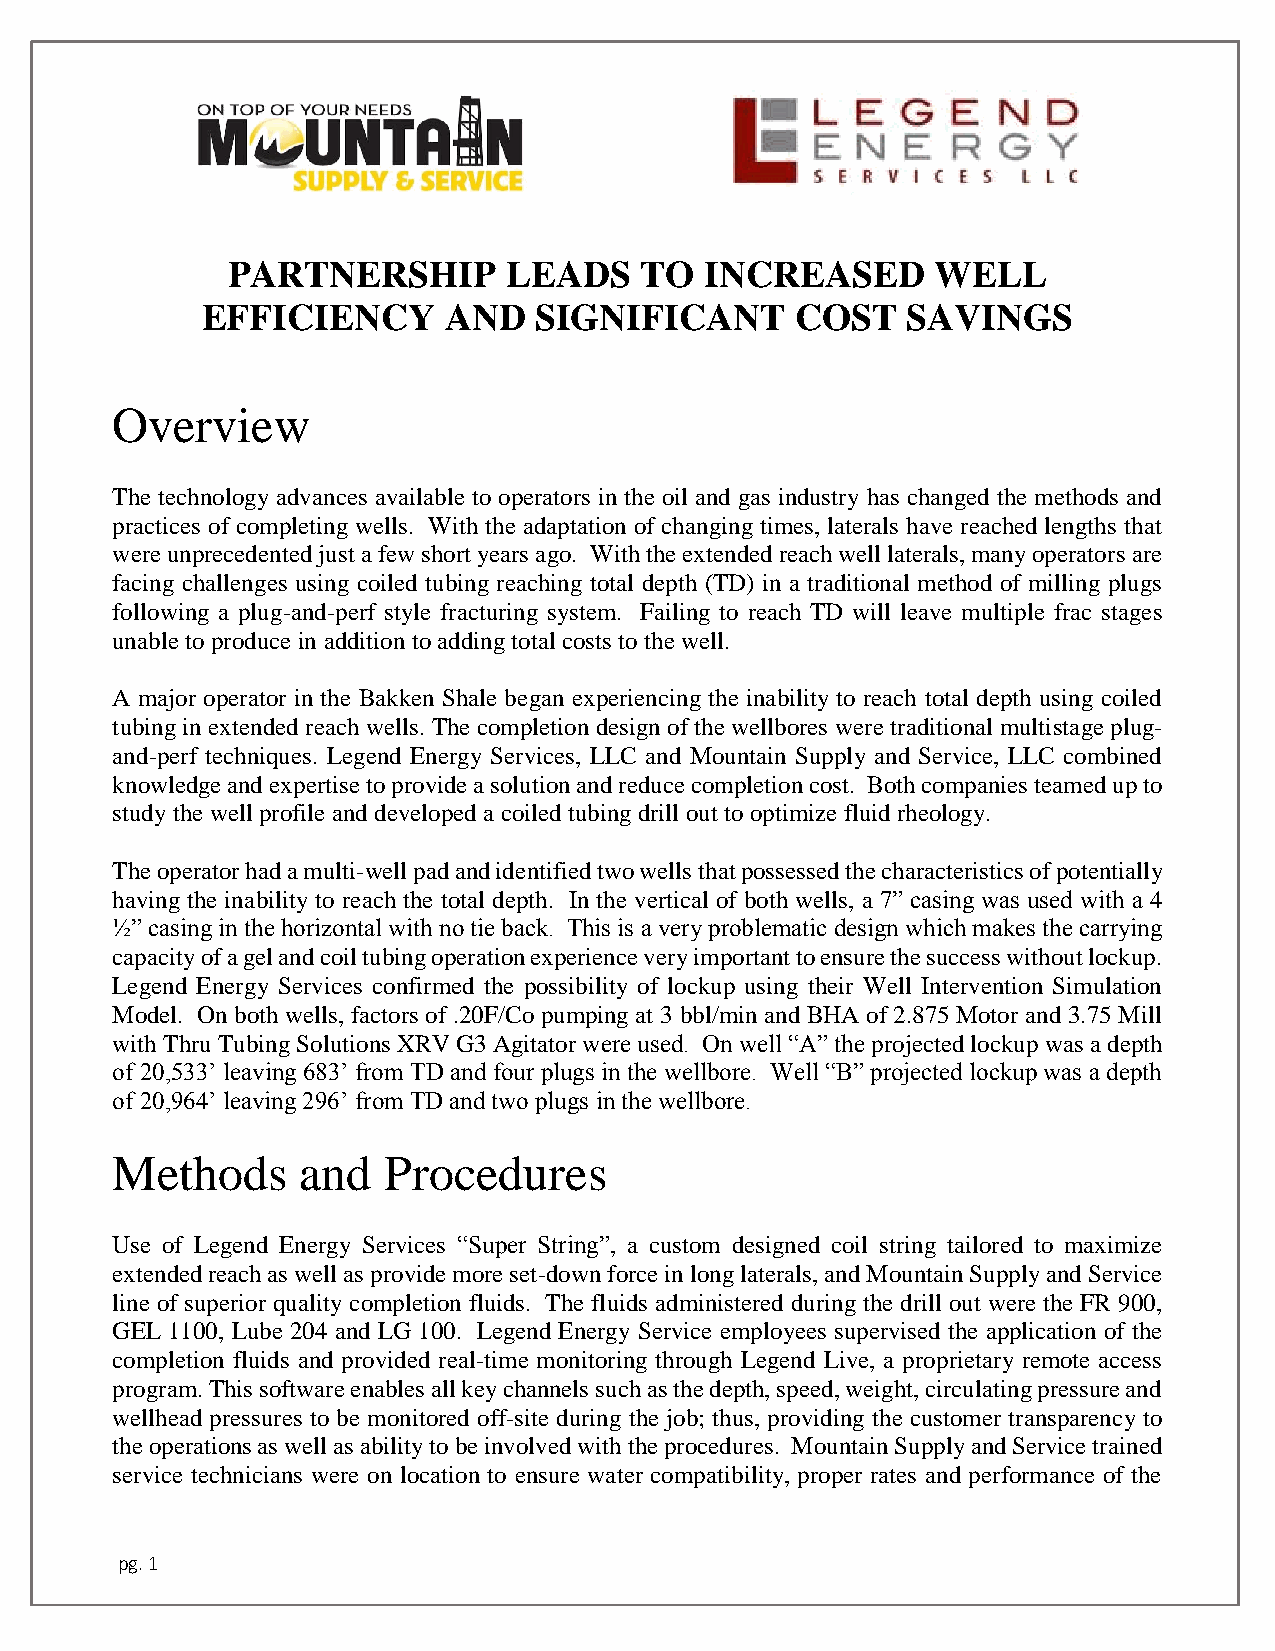
PARTNERSHIP        LEADS   TO   INCREASED      WELL
 EFFICIENCY      AND   SIGNIFICANT       COST   SAVINGS
 Overview
 The technology advances available to operators in the oil and gas industry has changed the methods and
 practices of completing wells. With the adaptation of changing times, laterals have reached lengths that
 were unprecedented just a few short years ago. With the extended reach well laterals, many operators are
 facing challenges using coiled tubing reaching total depth (TD) in a traditional method of milling plugs
 following a plug-and-perf style fracturing system. Failing to reach TD will leave multiple frac stages
 unable to produce in addition to adding total costs to the well.
 A major operator in the Bakken Shale began experiencing the inability to reach total depth using coiled
 tubing in extended reach wells. The completion design of the wellbores were traditional multistage plug-
 and-perf techniques. Legend Energy Services, LLC and Mountain Supply and Service, LLC combined
 knowledge and expertise to provide a solution and reduce completion cost. Both companies teamed up to
 study the well profile and developed a coiled tubing drill out to optimize fluid rheology.
 The operator had a multi-well pad and identified two wells that possessed the characteristics of potentially
 having the inability to reach the total depth. In the vertical of both wells, a 7” casing was used with a 4
 ½” casing in the horizontal with no tie back. This is a very problematic design which makes the carrying
 capacity of a gel and coil tubing operation experience very important to ensure the success without lockup.
 Legend Energy Services confirmed the possibility of lockup using their Well Intervention Simulation
 Model. On both wells, factors of .20F/Co pumping at 3 bbl/min and BHA of 2.875 Motor and 3.75 Mill
 with Thru Tubing Solutions XRV G3 Agitator were used. On well “A” the projected lockup was a depth
 of 20,533’ leaving 683’ from TD and four plugs in the wellbore. Well “B” projected lockup was a depth
 of 20,964’ leaving 296’ from TD and two plugs in the wellbore.
 Methods      and  Procedures
 Use of Legend Energy Services “Super String”, a custom designed coil string tailored to maximize
 extended reach as well as provide more set-down force in long laterals, and Mountain Supply and Service
 line of superior quality completion fluids. The fluids administered during the drill out were the FR 900,
 GEL 1100, Lube 204 and LG 100. Legend Energy Service employees supervised the application of the
 completion fluids and provided real-time monitoring through Legend Live, a proprietary remote access
 program. This software enables all key channels such as the depth, speed, weight, circulating pressure and
 wellhead pressures to be monitored off-site during the job; thus, providing the customer transparency to
 the operations as well as ability to be involved with the procedures. Mountain Supply and Service trained
 service technicians were on location to ensure water compatibility, proper rates and performance of the
 pg. 1